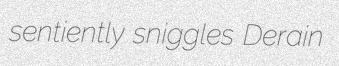
sentiently sniggles Derain